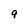
Character: 9